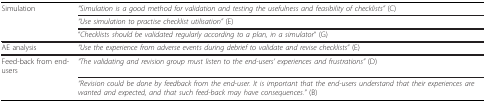
<table><thead><tr><td><b>Simulation</b></td><td><b><i>&quot;Simulation is a good method for validation and testing the usefulness and feasibility of checklists&quot; </i>(C)</b></td></tr><tr><td></td><td><b><i>&quot;Use simulation to practise checklist utilisation&quot; </i>(E)</b></td></tr><tr><td></td><td><b>&quot;<i>Checklists should be validated regularly according to a plan, in a simulator</i>&quot; (G)</b></td></tr></thead><tbody><tr><td>AE analysis</td><td><i>&quot;Use the experience from adverse events during debrief to validate and revise checklists&quot; </i>(E)</td></tr><tr><td>Feed-back from end-users</td><td><i>&quot;The validating and revision group must listen to the end-users&#x27; experiences and frustrations&quot; </i>(D)</td></tr><tr><td></td><td><i>&quot;Revision could be done by feedback from the end-user. It is important that the end-users understand that their experiences are wanted and expected, and that such feed-back may have consequences.&quot; </i>(B)</td></tr></tbody></table>